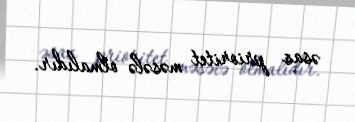
əsas prioritet məsələ olmalıdır.